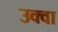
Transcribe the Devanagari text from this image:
उक्वा